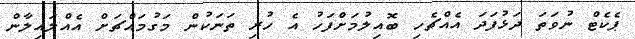
ޕެކެޓް ނުވަތަ ދަޅުފަދަ އެއްޗެހި ބޮއިލުމަށްފަހު އެ ހުރި ތަނަކުން މަގުމައްޗަށް އެއްލައިލާން